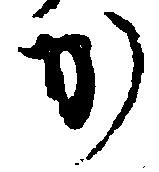
か